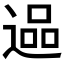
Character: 𮞬